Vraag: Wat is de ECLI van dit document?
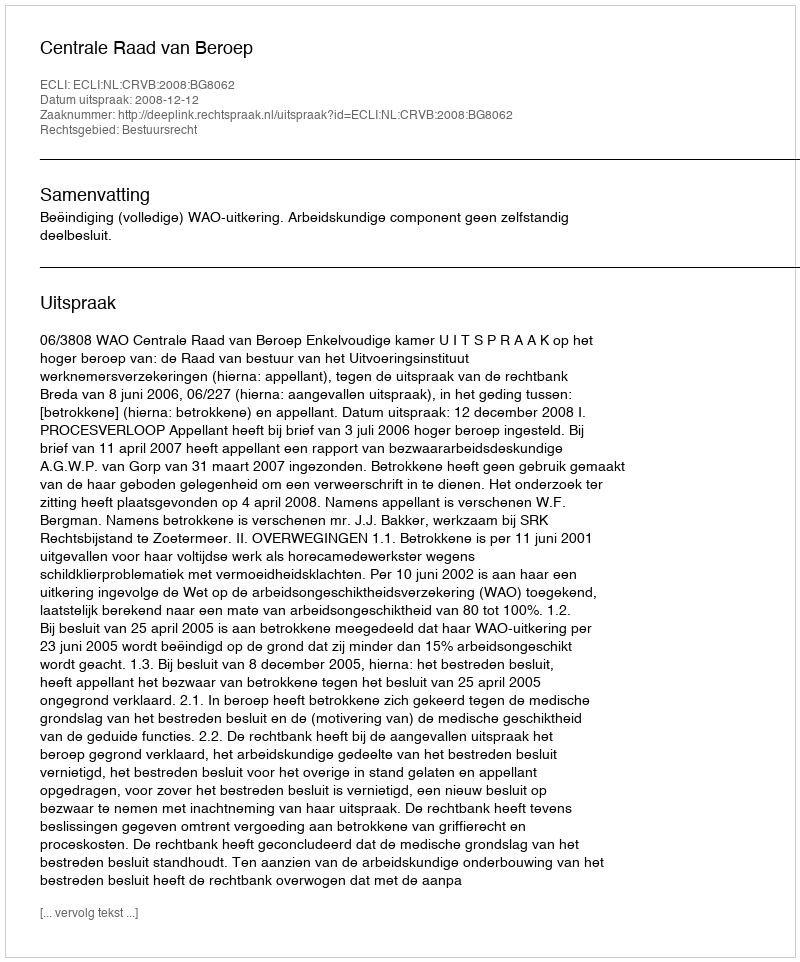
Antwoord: ECLI:NL:CRVB:2008:BG8062